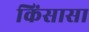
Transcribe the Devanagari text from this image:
किंसासा